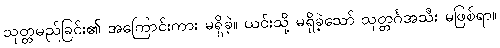
သုတ္တမည်ခြင်း၏ အကြောင်းကား မရှိခဲ့။ ယင်းသို့ မရှိခဲ့သော် သုတ္တင်္ဂအသီး မဖြစ်ရာ။